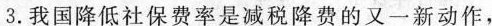
3.我国降低社保费率是减税降费的又一新动作，